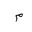
Letter: _mim